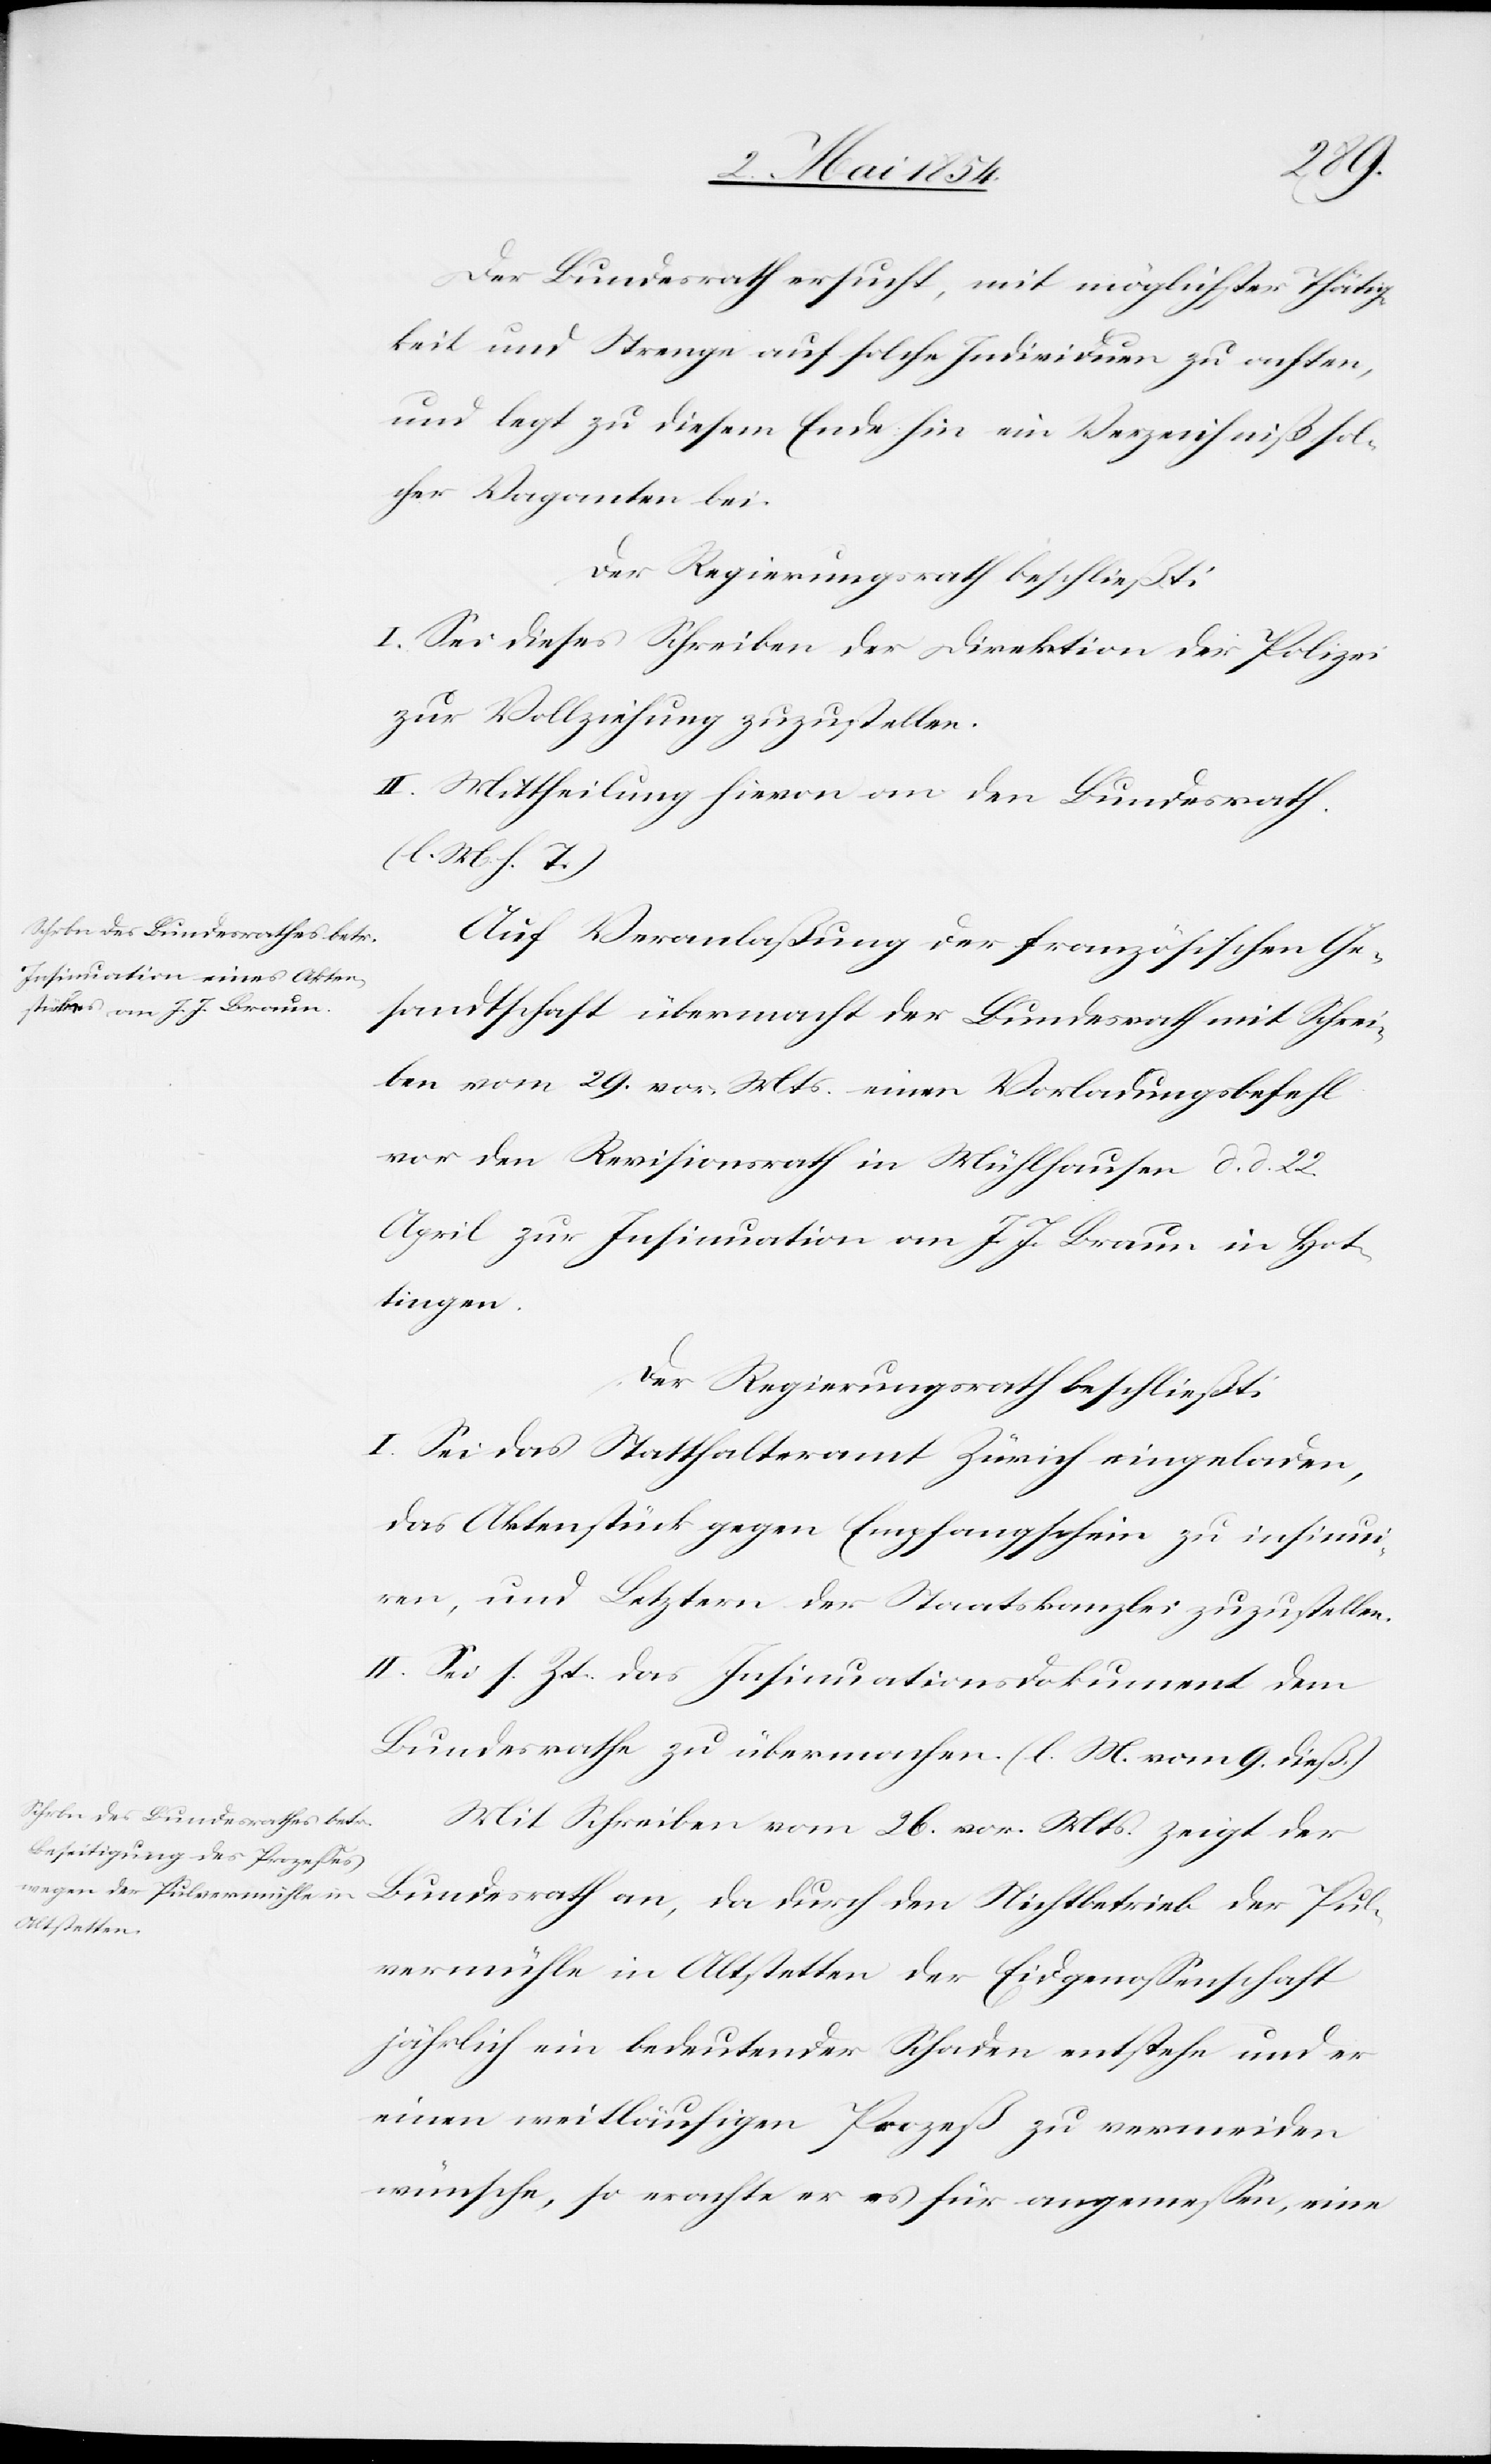
Der Bundesrath ersucht, mit möglichster Thätig¬
keit und Strenge auf solche Individuen zu achten,
und legt zu diesem Ende hin ein Verzeichniß sol¬
cher Vaganten bei.
Der Regierungsrath beschließt:
I. Sei dieses Schreiben der Direktion der Polizei
zur Vollziehung zuzustellen.
II. Mittheilung hievon an den Bundesrath.
(l. M. h. T.)
Auf Veranlaßung der französischen Ge¬
sandtschaft übermacht der Bundesrath mit Schrei¬
ben vom 29. vor. Mts. einen Vorladungsbefehl
vor den Revisionsrath in Mühlhausen d. d. 22.
April zur Insinuation an J. J. Braun in Hot¬
tingen.
Der Regierungsrath beschließt:
I. Sei das Statthalteramt Zürich eingeladen,
das Aktenstück gegen Empfangschein zu insinui¬
ren, und Letztern der Staatskanzlei zuzustellen.
II. Sei s. Zt. das Insinuationsdokument dem
Bundesrathe zu übermachen. (l. M. vom 9. dieß.)
Mit Schreiben vom 26. vor. Mts zeigt der
Bundesrath an, da durch den Nichtbetrieb der Pul¬
vermühle in Altstetten der Eidgenoßenschaft
jährlich ein bedeutender Schaden entstehe und er
einen weitläufigen Prozeß zu vermeiden
wünsche, so erachte er es für angemeßen, eine